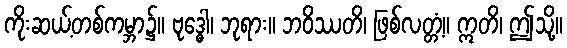
ကိုးဆယ့်တစ်ကမ္ဘာ၌။ ဗုဒ္ဓေါ၊ ဘုရား။ ဘဝိဿတိ၊ ဖြစ်လတ္တံ့။ ဣတိ၊ ဤသို့။